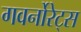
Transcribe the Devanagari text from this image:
गवर्नोरेट्स